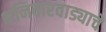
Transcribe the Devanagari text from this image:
शनिवारवाड्याचे